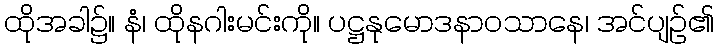
ထိုအခါ၌။ နံ၊ ထိုနဂါးမင်းကို။ ပဋ္ဌနုမောဒနာဝသာနေ၊ အင်ပျဉ်၏